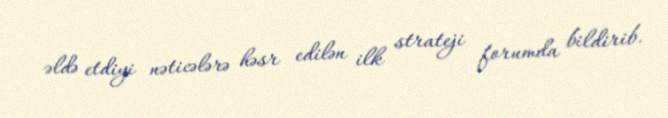
əldə etdiyi nəticələrə həsr edilən ilk strateji forumda bildirib.